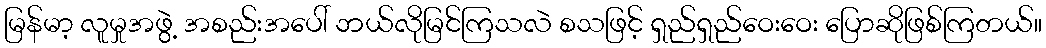
မြန်မာ့ လူမှုအဖွဲ့ အစည်းအပေါ် ဘယ်လိုမြင်ကြသလဲ စသဖြင့် ရှည်ရှည်ဝေးဝေး ပြောဆိုဖြစ်ကြတယ်။